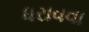
ધરાવવા